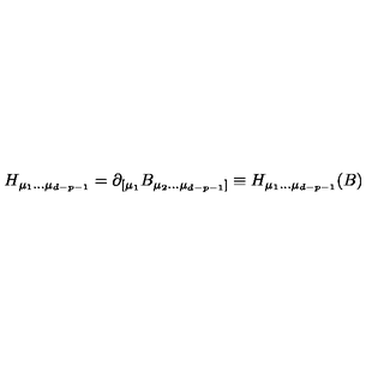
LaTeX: H _ { \mu _ { 1 } \dots \mu _ { d - p - 1 } } = \partial _ { [ \mu _ { 1 } } B _ { \mu _ { 2 } \dots \mu _ { d - p - 1 } ] } \equiv H _ { \mu _ { 1 } \dots \mu _ { d - p - 1 } } ( B )